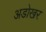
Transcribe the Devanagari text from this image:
अडोखर